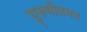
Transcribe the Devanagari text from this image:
पुरुषोतमन